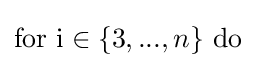
{\text{for i}}\in \{3,...,n\}{\text{ do}}